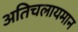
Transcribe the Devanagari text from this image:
अतिचलायमान